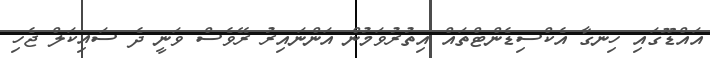
އައްޑޫގައި ހިނގާ އެކްސިޑެންޓްތައް އިތުރުވަމުން އަންނައިރު ރޭވެސް ވަނީ ދެ ސައިކަލް ޖެހި